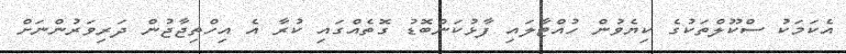
އެކަމަކު ސްކޫލްތަކުގެ ކިޔެވުން ހުއްޓާލައި ފާޅުކަންބޮޑު ގޮތެއްގައި ކުރާ އެ އިހްތިޖާޖުން ދަރިވަރުންނަށް